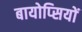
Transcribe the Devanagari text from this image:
बायोप्‍िसयों